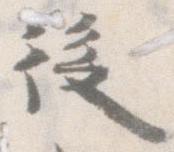
後